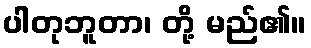
ပါတုဘူတာ၊ တို့ မည်၏။